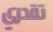
تقدري